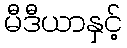
မီဒီယာနှင့်